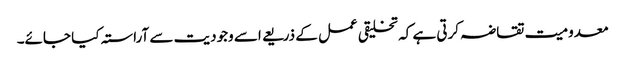
معدومیت تقاضہ کرتی ہے کہ تخلیقی عمل کے ذریعے اسے وجودیت سے آراستہ کیا جائے۔